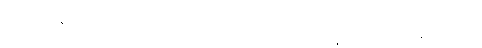
ထိုပဌမဈာန်ဗြဟ္မာအပေါင်းမှအထက်၌ ဖြစ်ကုန်သော။ ဒေဝါ၊ ဗြဟ္မာတို့သည်။ သန္တိ၊ ရှိကုန်၏။